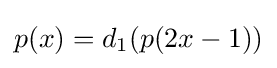
p(x)=d_{1}(p(2x-1))